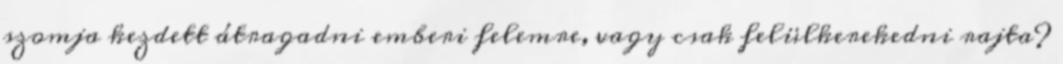
szomja kezdett átragadni emberi felemre, vagy csak felülkerekedni rajta?